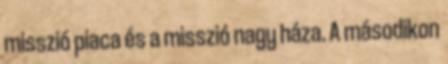
misszió piaca és a misszió nagy háza. A másodikon